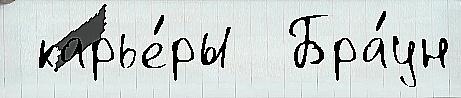
 карье́ры  Бра́ун